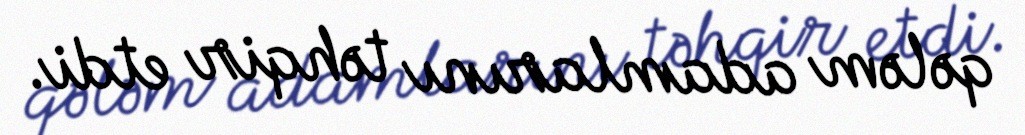
qələm adamlarını təhqir etdi.